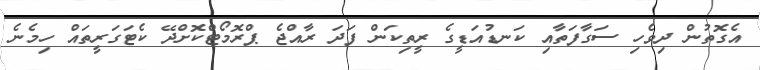
އެގޮތުން ދިވެހި ސަގާފަތާއި ކަނޑުއަޑީގެ ރީތިކަން ފަދަ ރާއްޖެ ޕްރޮމޯޓްކޮށްދޭ ކެޓަގަރީތައް ހިމެނެ